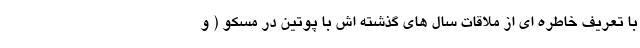
با تعریف خاطره ای از ملاقات سال های گذشته اش با پوتین در مسکو ( و